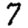
Digit: 7